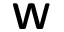
\boldsymbol { \mathsf { W } }